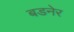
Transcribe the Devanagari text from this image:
बडनेर